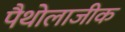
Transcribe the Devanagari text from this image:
पैथोलाजीक